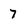
Character: 7